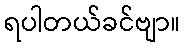
ရပါတယ်ခင်ဗျာ။